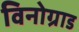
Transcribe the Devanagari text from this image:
विनोग्राड